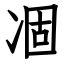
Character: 凅